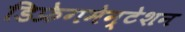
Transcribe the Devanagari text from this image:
डिफ्रेगमेन्टेशन